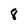
Character: 8